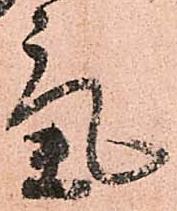
氣